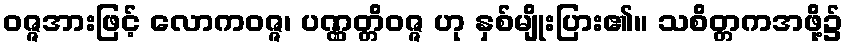
ဝဇ္ဇအားဖြင့် လောကဝဇ္ဇ၊ ပဏ္ဏတ္တိဝဇ္ဇ ဟု နှစ်မျိုးပြား၏။ သစိတ္တကအဖို့၌